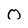
Character: O